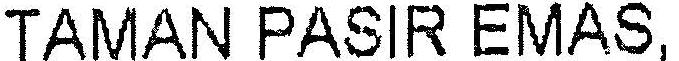
TAMAN PASIR EMAS,